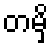
တမှိ